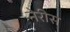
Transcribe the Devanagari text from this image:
नेरीस